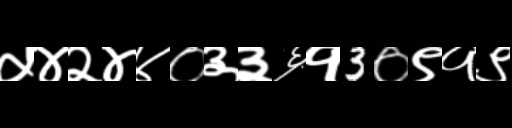
Text: ५४२४४०३३६१3०९१९